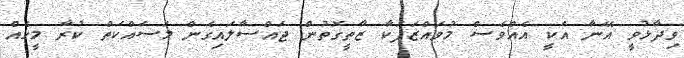
ވިދާޅުވީ އޭނާ އަކީ އެއްވެސް މުވައްޒަފަކާ ޒާތީގޮތުން ޖައްސާލައިގެން މަސައްކަތް ކުރާ މީހެއް